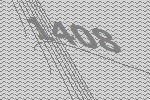
1408